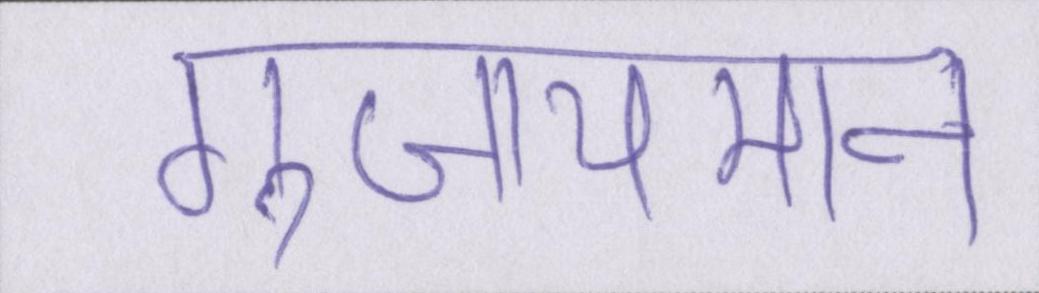
गुंजायमान